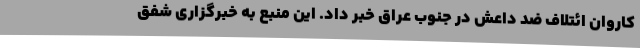
کاروان ائتلاف ضد داعش در جنوب عراق خبر داد. این منبع به خبرگزاری شفق